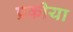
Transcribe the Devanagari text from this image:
प्रकीया